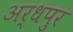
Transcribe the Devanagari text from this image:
अर्धपुर